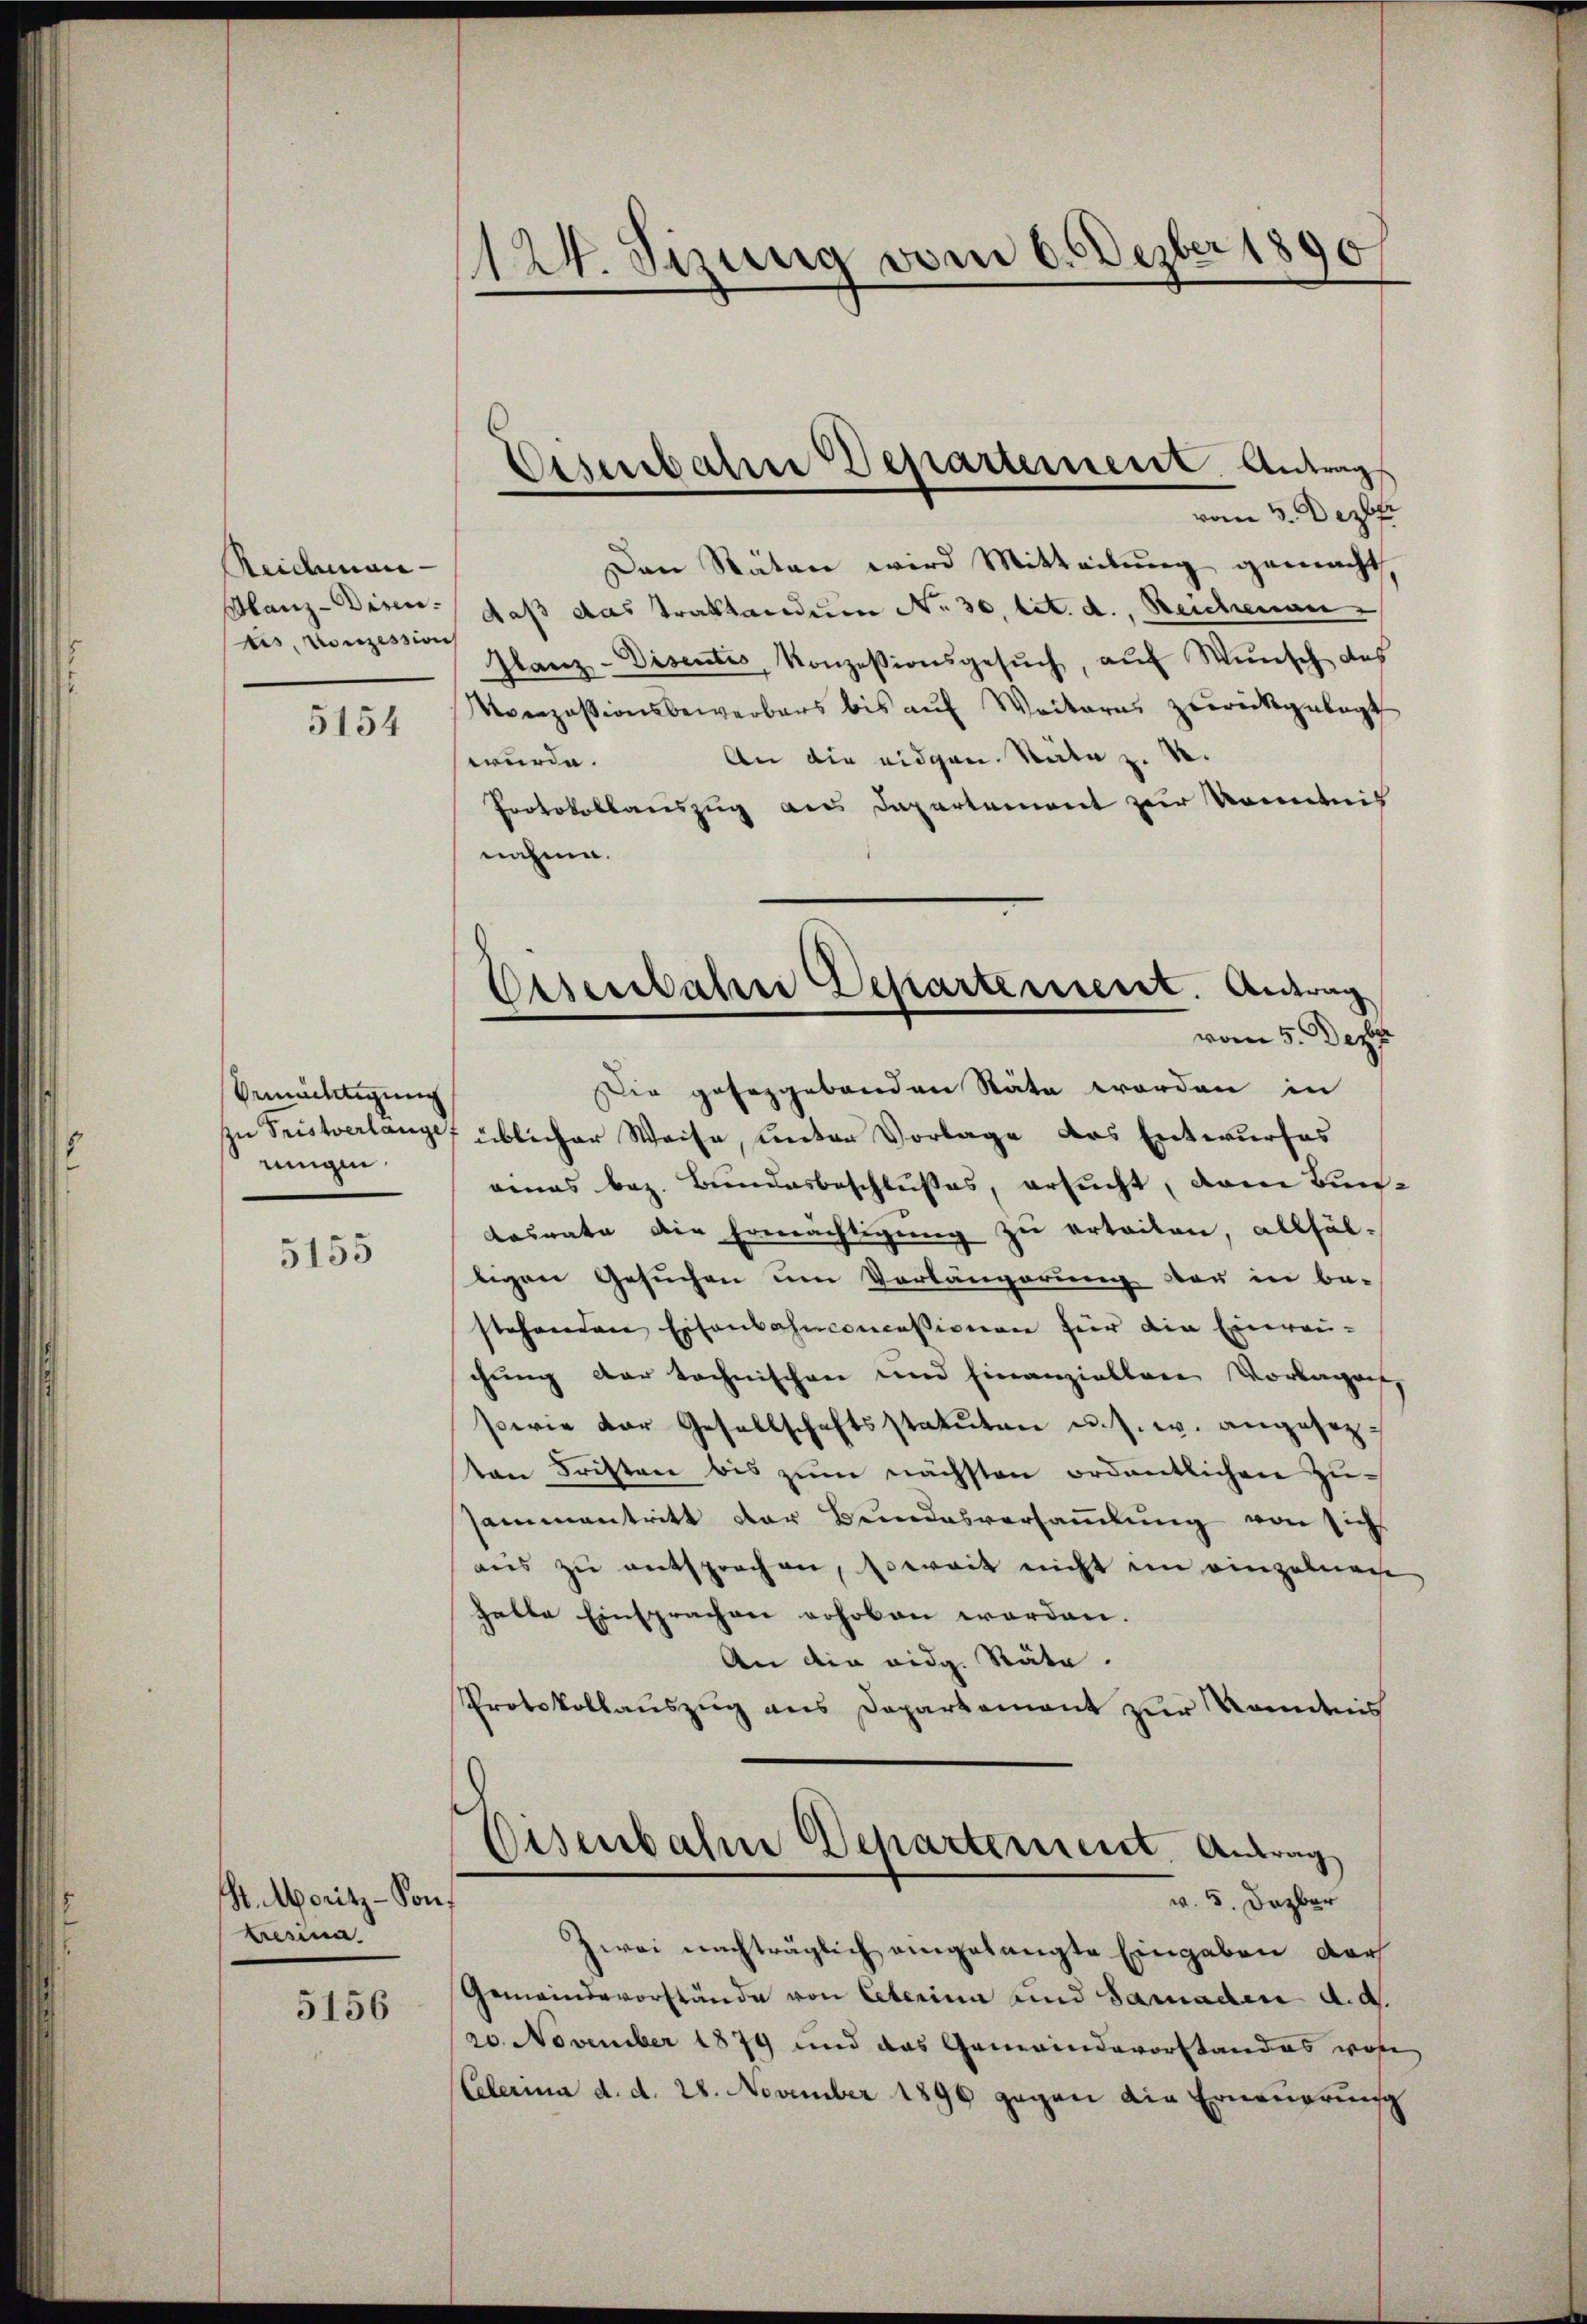
Reichmaie
Banz-Disen.
nis, Konzession

5154

Armächtigung
zu Fristerlangef
ringen

5155

S. Moritz-Son¬
Lresia.

5156

124. Sizung vom 6. Dezber 1890

vom 3. Dezbr
Den Räten wird Mitteilung gemacht,
daß das Traktandum No. 30, tit. d. Reichenau
Glanz-Disentes, Konzessionsgesŭch, aŭf Wünsch des
Urezessionsbewerbers bis auf Weiteres zurückgelegt
An die eidgen. Räte z. B.
wurde.
Protokollauszug aus Departement zur Nominis
nahmen.
üblicher Weise, unter Vorlage des Entwurfes
nenas bez. Bundesbeschlußes, ersucht, vom Bun¬
Raurate die Ermächtigung zu erteilen, allfälligen Gesuchen um Verlängerung der in be-
stehenden Eisenbahnconcessionen für die Einreichung dar tochnischen und finanziellene Vorlagen,
serie der Gesellschaftsstatuten u.s. w. angesezten Fristen bis zŭm nächsten ordentlichen Züsammentritt der Bundesversammlung von sich
aŭs zŭ entsprochen, soweit nicht im einzelnach
halte Einsprachen erhoben worden.
An die eidg. Stäte.
Protokollauszug aus Departement zur Kenntnis

Eisenbahne Departernere Antrags

Eisenbahne Departement. Antrag
vom 5. Decbr.
Die geseggebenden Stäte worden in

Eisenbahne Departement. Antrag
w. 5. Dezber

zwei nachträglich eingelangte Eingaben dar
Gemeindevorstände von Peterina und Saraden d. d.
20. November 1879 und das Gemeindevorstandes woh
Celerina d. d. 28. November 1890 gegen die Erneuerung